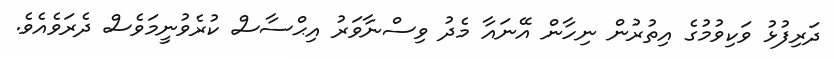
ދަރިފުޅު ވަކިވުމުގެ އިތުރުން ނިހާން އޭނައާ މެދު ވިސްނާވަރު އިޙްސާސް ކުރެވުނީމަވެސް ދެރަވެއެވެ.